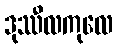
ဒုဿီလကုလေ